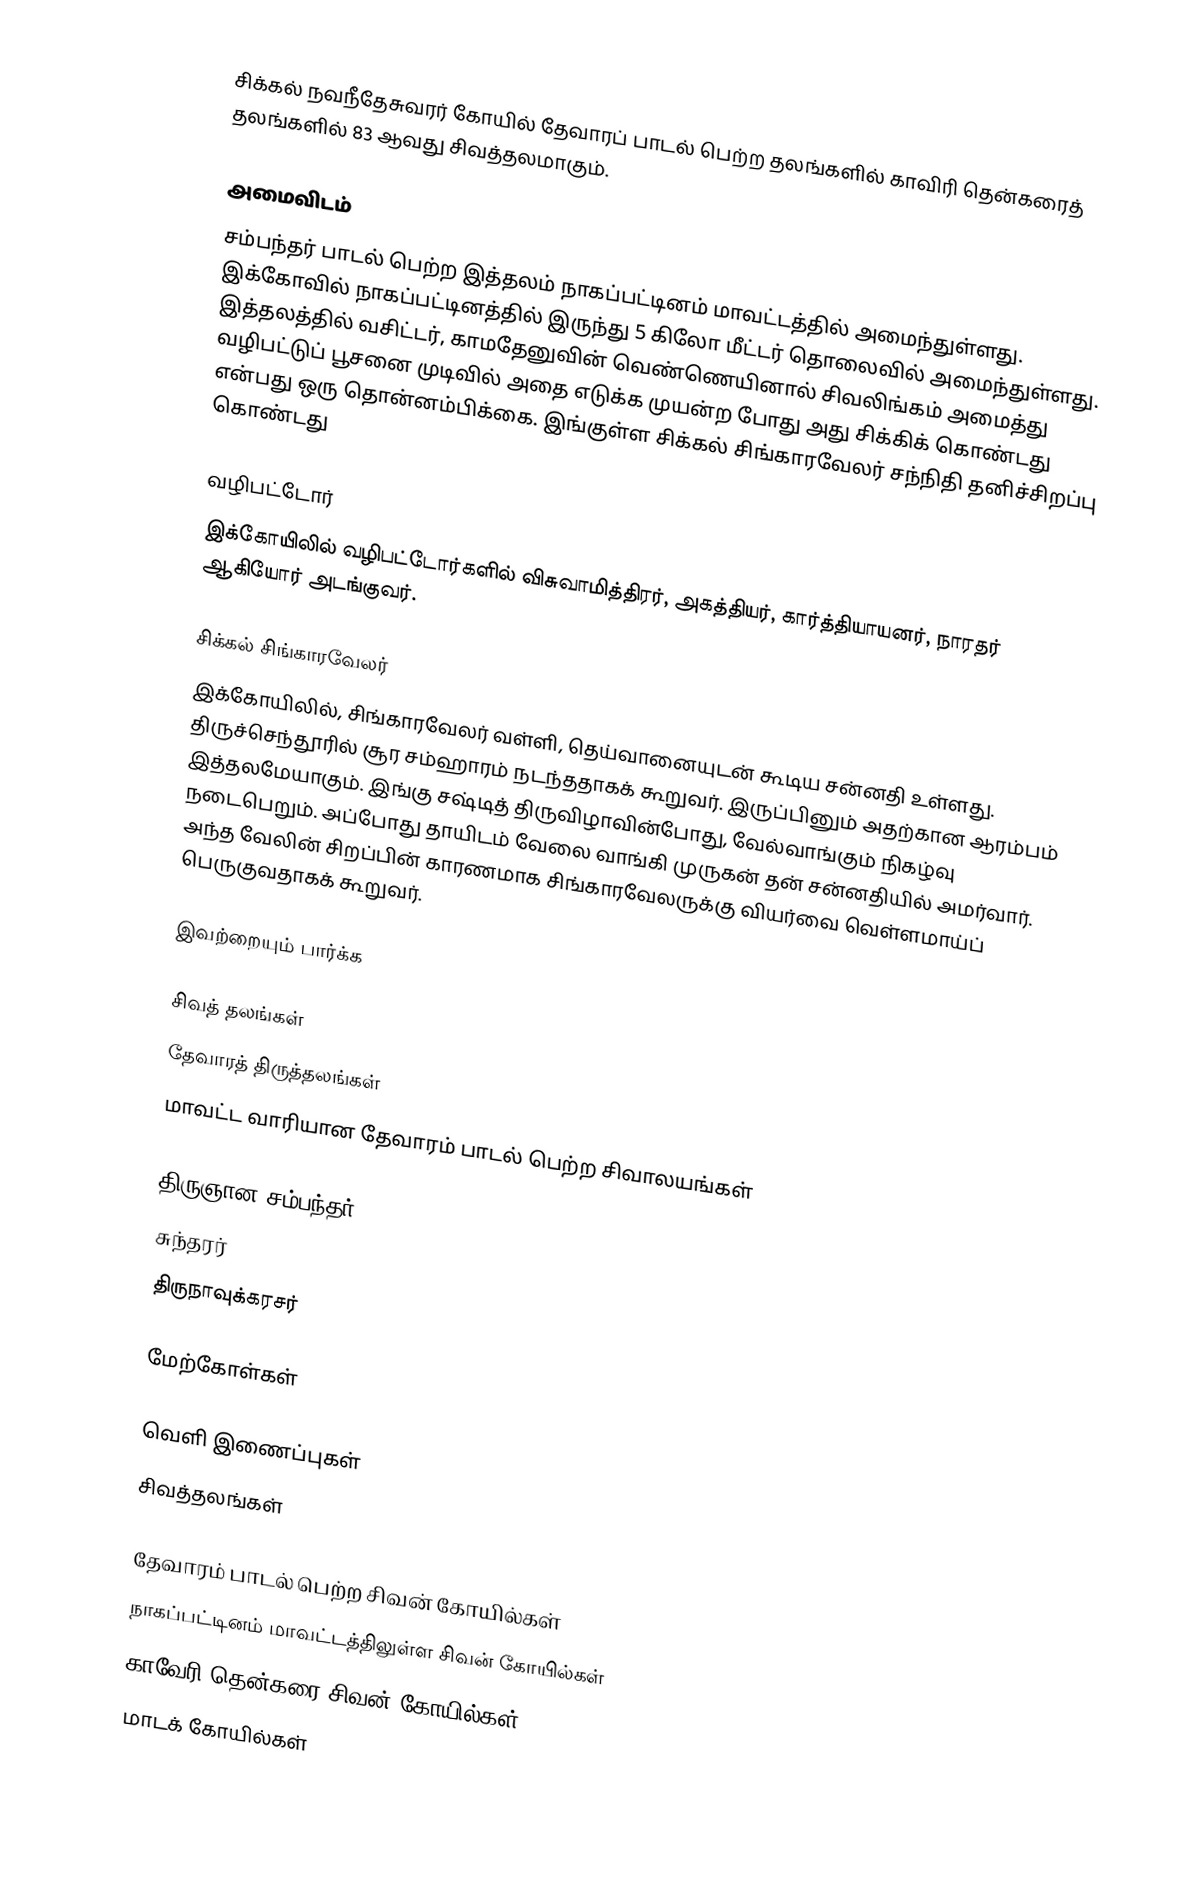
சிக்கல் நவநீதேசுவரர் கோயில் தேவாரப் பாடல் பெற்ற தலங்களில் காவிரி தென்கரைத் தலங்களில் 83 ஆவது சிவத்தலமாகும்.

அமைவிடம்
சம்பந்தர் பாடல் பெற்ற இத்தலம் நாகப்பட்டினம் மாவட்டத்தில் அமைந்துள்ளது. இக்கோவில்  நாகப்பட்டினத்தில் இருந்து 5 கிலோ மீட்டர் தொலைவில் அமைந்துள்ளது.  இத்தலத்தில் வசிட்டர், காமதேனுவின் வெண்ணெயினால் சிவலிங்கம் அமைத்து வழிபட்டுப் பூசனை முடிவில் அதை எடுக்க முயன்ற போது அது சிக்கிக் கொண்டது என்பது ஒரு  தொன்னம்பிக்கை. இங்குள்ள சிக்கல் சிங்காரவேலர் சந்நிதி தனிச்சிறப்பு கொண்டது

வழிபட்டோர்
இக்கோயிலில் வழிபட்டோர்களில் விசுவாமித்திரர், அகத்தியர், கார்த்தியாயனர், நாரதர் ஆகியோர் அடங்குவர்.

சிக்கல் சிங்காரவேலர்
இக்கோயிலில், சிங்காரவேலர் வள்ளி, தெய்வானையுடன் கூடிய சன்னதி உள்ளது. திருச்செந்தூரில் சூர சம்ஹாரம் நடந்ததாகக் கூறுவர். இருப்பினும் அதற்கான ஆரம்பம் இத்தலமேயாகும். இங்கு சஷ்டித் திருவிழாவின்போது, வேல்வாங்கும் நிகழ்வு நடைபெறும். அப்போது தாயிடம் வேலை வாங்கி முருகன் தன் சன்னதியில் அமர்வார். அந்த வேலின் சிறப்பின் காரணமாக சிங்காரவேலருக்கு வியர்வை வெள்ளமாய்ப் பெருகுவதாகக் கூறுவர்.

இவற்றையும் பார்க்க

 சிவத் தலங்கள்
 தேவாரத் திருத்தலங்கள்
 மாவட்ட வாரியான தேவாரம் பாடல் பெற்ற சிவாலயங்கள்

 திருஞான சம்பந்தர்
 சுந்தரர்
 திருநாவுக்கரசர்

மேற்கோள்கள்

வெளி இணைப்புகள்
 சிவத்தலங்கள்

தேவாரம் பாடல் பெற்ற சிவன் கோயில்கள்
நாகப்பட்டினம் மாவட்டத்திலுள்ள சிவன் கோயில்கள்
காவேரி தென்கரை சிவன் கோயில்கள்
மாடக் கோயில்கள்